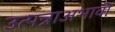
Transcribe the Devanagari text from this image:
उत्पन्नाअभावी